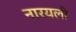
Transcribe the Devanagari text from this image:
नारयली